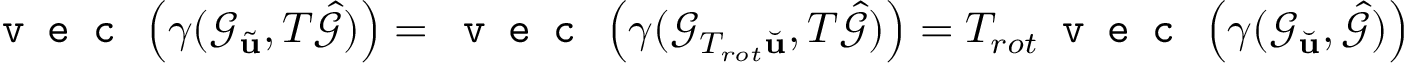
\texttt { v e c } \left( \gamma ( \mathcal { G } _ { \tilde { \mathbf { u } } } , T \hat { \mathcal { G } } ) \right) = \texttt { v e c } \left( \gamma ( \mathcal { G } _ { T _ { r o t } \Breve { \mathbf { u } } } , T \hat { \mathcal { G } } ) \right) = T _ { r o t } \texttt { v e c } \left( \gamma ( \mathcal { G } _ { \Breve { \mathbf { u } } } , \hat { \mathcal { G } } ) \right)